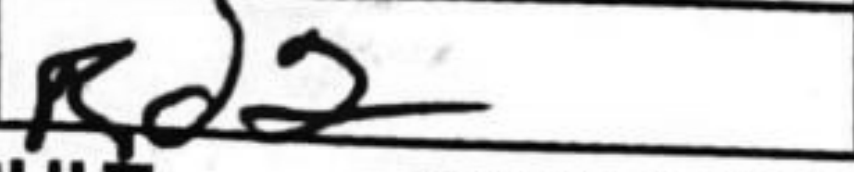
Transcription: Rd2